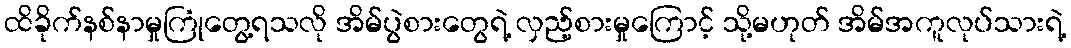
ထိခိုက်နစ်နာမှုကြုံတွေ့ရသလို အိမ်ပွဲစားတွေရဲ့ လှည့်စားမှုကြောင့် သို့မဟုတ် အိမ်အကူလုပ်သားရဲ့